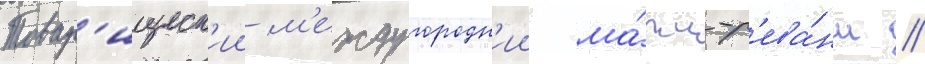
Товар'ищеск'ии м'еждугородн'ии ма́тч-р'ева́нш //